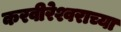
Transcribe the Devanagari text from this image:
करवीरेश्वराच्या